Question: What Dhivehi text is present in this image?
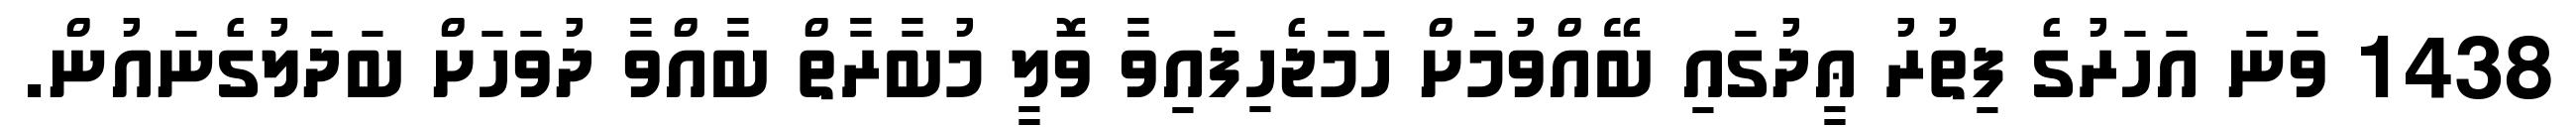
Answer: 1438 ވަނަ އަހަރުގެ ފިތުރު ޢީދުގައި ބޭއްވުމަށް ހަމަޖެހިފައިވާ ވޮލީ މުބާރާތް ބާއްވާ ދުވަހަށް ބަދަލުގެނައުން.